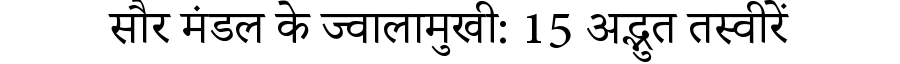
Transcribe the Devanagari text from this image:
सौर मंडल के ज्वालामुखी: 15 अद्भुत तस्वीरें